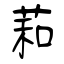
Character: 萂